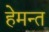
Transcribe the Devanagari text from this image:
हेमन्‍त